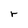
Character: r